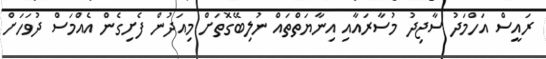
ރައީސް އަހްމަދު ސާޖިދު މުސާރައާއި އިނާޔަތްތައް ނުލިބޭގޮތަށް މިއަދުން ފެށިގެން އެއްމަސް ދުވަހަށް